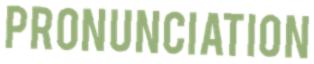
PRONUNCIATION